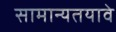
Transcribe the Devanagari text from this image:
सामान्यतयावे